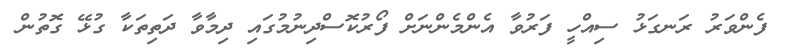
ފެންވަރު ރަނގަޅު ސިއްހީ ފަރުވާ އެންމެންނަށް ފޯރުކޮސްދިނުމުގައި ދިމާވާ ދަތިތަކާ ގުޅޭ ގޮތުން